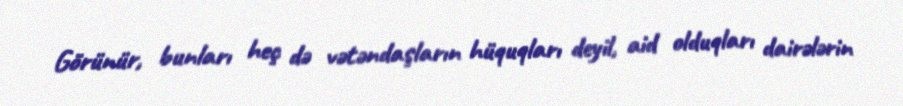
Görünür, bunları heç də vətəndaşların hüquqları deyil, aid olduqları dairələrin